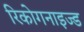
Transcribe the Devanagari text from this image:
रिकोगनाइज्ड